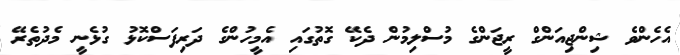
އެހެންވެ ޝިންޖިއަންގް ރީޖަންގެ މުސްލިމުން ދެކޭ ގޮތުގައި އެމީހުންގެ ދަރިފަސްކޮޅު ގުޅެނީ މެދުތެރޭ